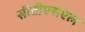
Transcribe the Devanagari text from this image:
सीडीएसएल